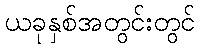
ယခုနှစ်အတွင်းတွင်